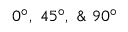
0 ^ { \circ } , ~ 4 5 ^ { \circ } , ~ \& ~ 9 0 ^ { \circ }